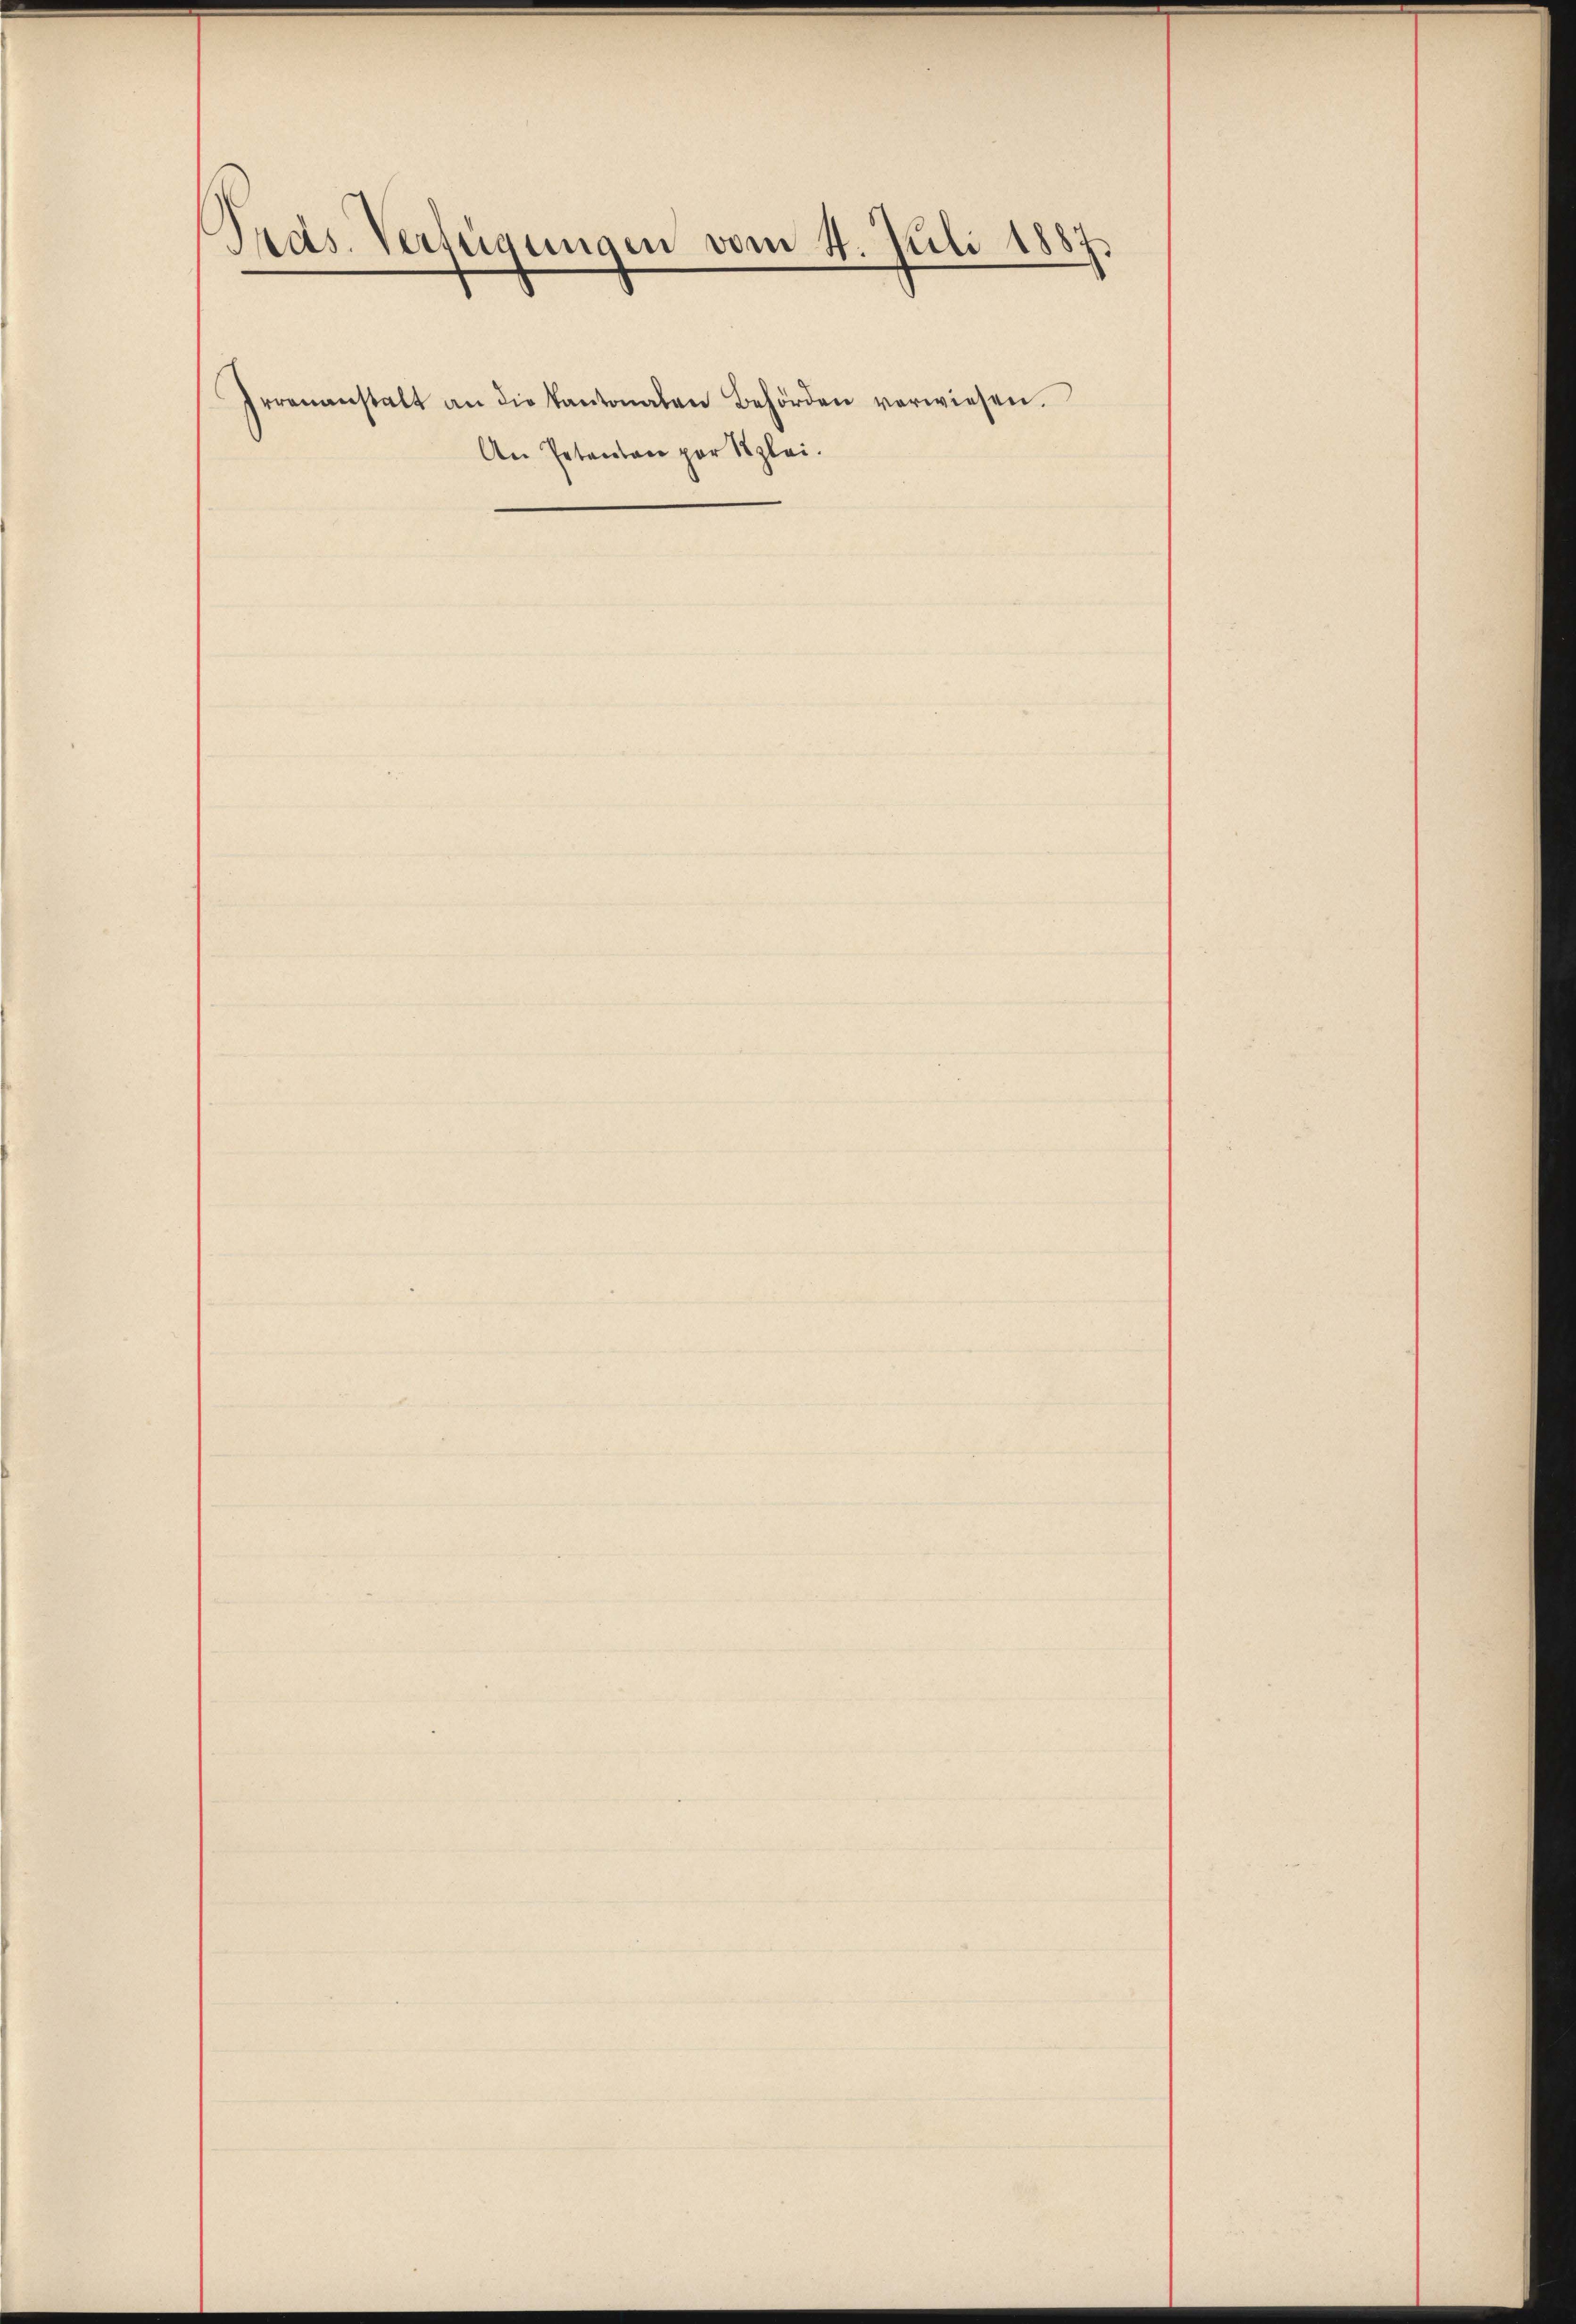
Präs. Verfügungen vom 4. Juli 1887.

Irrenanstalt an die Kantonalen Behörden verwiesen.
An Petenten par Szlei.